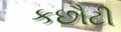
કછૌટી